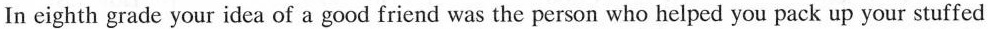
In eighth grade your idea of a good friend was the person who helped you pack up your stuffed